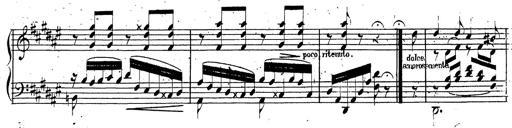
Title: Canzone Napolitana
Composer: Franz Liszt